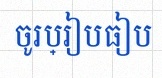
ចូរប្រៀបធៀប